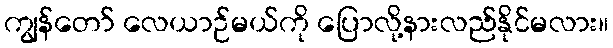
ကျွန်တော် လေယာဉ်မယ်ကို ပြောလို့နားလည်နိုင်မလား။